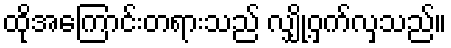
ထိုအကြောင်းတရားသည် လျှို့ဝှက်လှသည်။